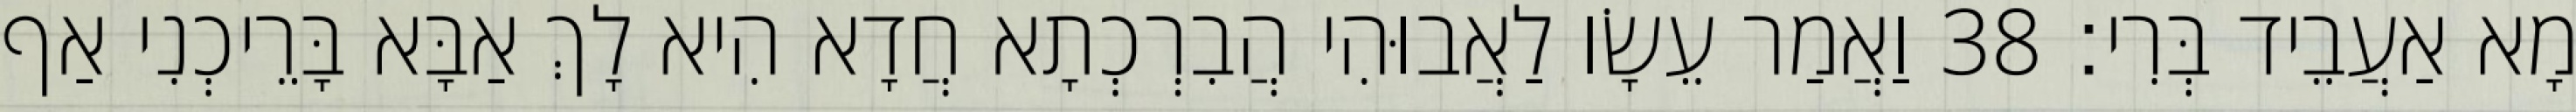
מָא אַעֲבֵיד בְּרִי׃ 38 וַאֲמַר עֵשָׂו לַאֲבוּהִי הֲבִרְכְתָא חֲדָא הִיא לָךְ אַבָּא בָּרֵיכְנִי אַף